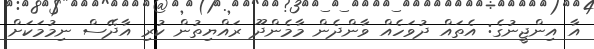
އާ އިންޖީނުގެ: އެތައް ދުވަހެއް ވާންދެން މާމެންދޫ ރައްޔިތުން ކުރި އާދޭސް ނިމުމަކަށް